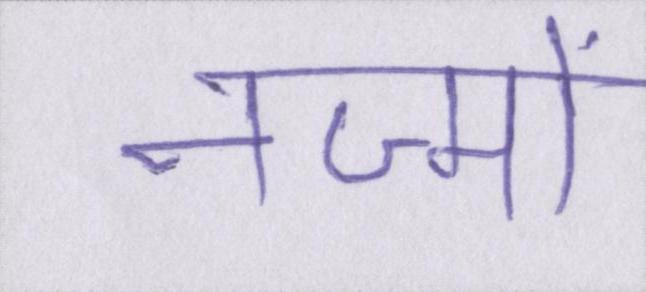
नज्मों